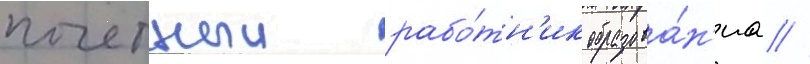
почетныи рабо́тн'ик образова́н'иа //